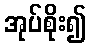
အုပ်စိုး၍